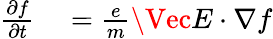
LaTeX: \begin{array}{rl}{\frac{\partial f}{\partial t}}&{{}=\frac{e}{m}\Vec{E}\cdot\nabla f}\end{array}